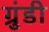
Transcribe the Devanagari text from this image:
ग्रुंडी